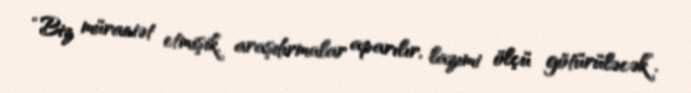
“Biz müraciət etmişik, araşdırmalar aparılır, lazımi ölçü götürüləcək”.